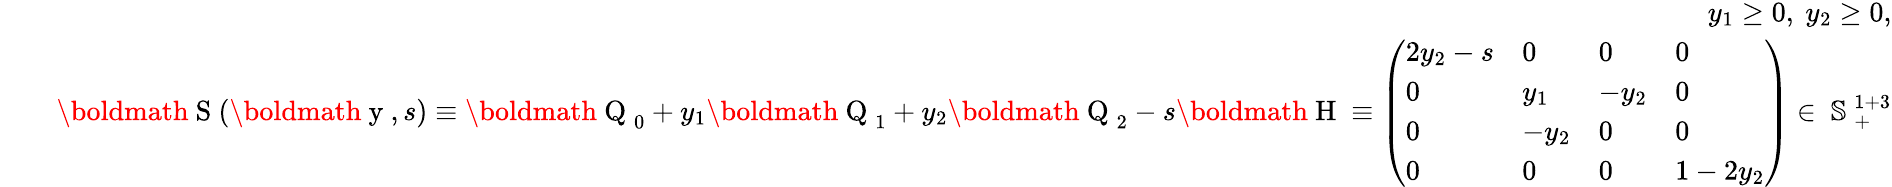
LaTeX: \begin{array}{rlr}&{}&{y_{1}\geq 0,\ y_{2}\geq 0,}\\ &{}&{\mathrm{\boldmath~S~}(\mathrm{\boldmath~y~},s)\equiv\mathrm{\boldmath~Q~}_{0}+y_{1}\mathrm{\boldmath~Q~}_{1}+y_{2}\mathrm{\boldmath~Q~}_{2}-s\mathrm{\boldmath~H~}\equiv\left(\begin{array}{llll}{2y_{2}-s}&{0}&{0}&{0}\\ {0}&{y_{1}}&{-y_{2}}&{0}\\ {0}&{-y_{2}}&{0}&{0}\\ {0}&{0}&{0}&{1-2y_{2}}\end{array}\right)\in\mathrm{~\mathbb{S}~}_{+}^{1+3}}\end{array}